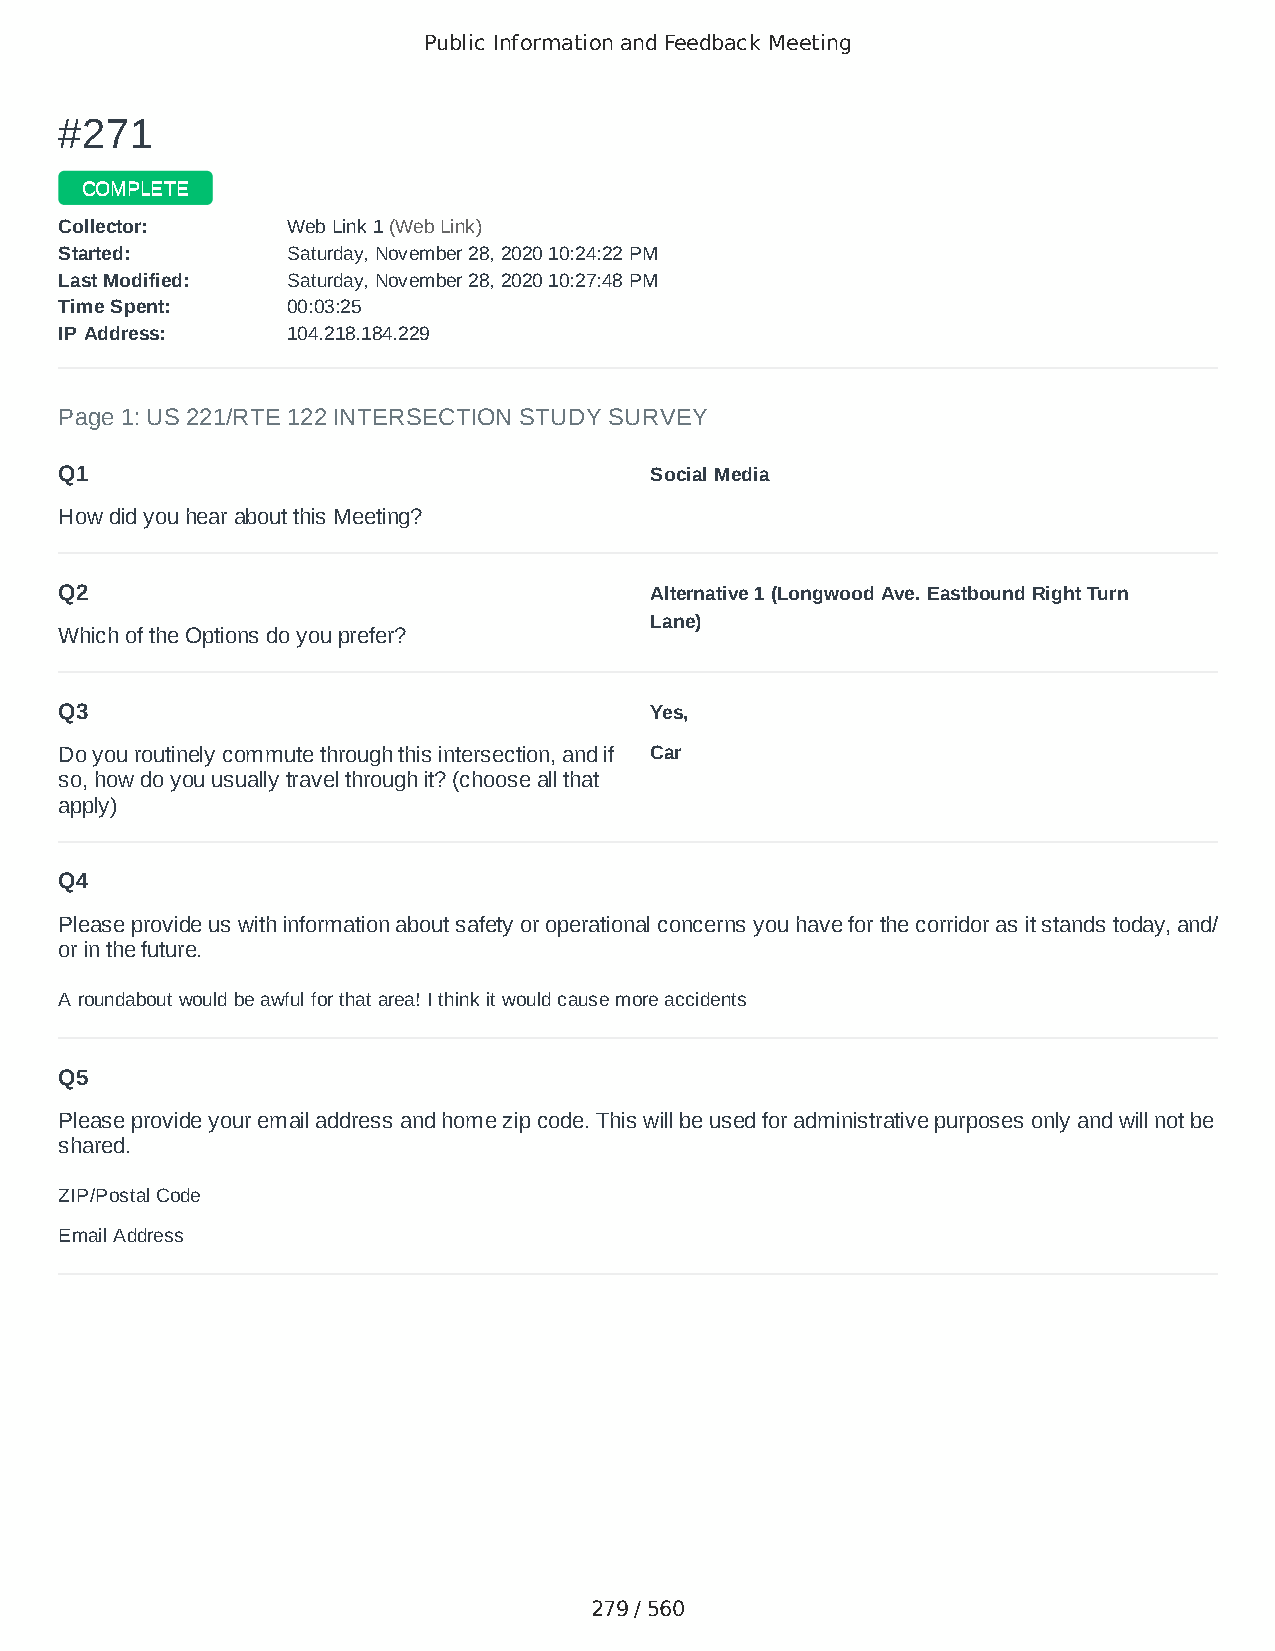
Public Information and Feedback Meeting
 ##227711
 CCOOMMPPLLEETTEE
 CCoolllleeccttoorr:: WWeebb LLiinnkk 11 ((WWeebb LLiinnkk))
 SSttaarrtteedd:: SSaattuurrddaayy,, NNoovveemmbbeerr 2288,, 22002200 1100::2244::2222 PPMM
 LLaasstt MMooddiiffiieedd:: SSaattuurrddaayy,, NNoovveemmbbeerr 2288,, 22002200 1100::2277::4488 PPMM
 TTiimmee SSppeenntt:: 0000::0033::2255
 IIPP AAddddrreessss:: 110044..221188..118844..222299
 Page 1: US 221/RTE 122 INTERSECTION STUDY SURVEY
 Q1                                     Social Media
 How did you hear about this Meeting?
 Q2                                     Alternative 1 (Longwood Ave. Eastbound Right Turn
 Lane)
 Which of the Options do you prefer?
 Q3                                     Yes,
 Do you routinely commute through this intersection, and if Car
 so, how do you usually travel through it? (choose all that
 apply)
 Q4
 Please provide us with information about safety or operational concerns you have for the corridor as it stands today, and/
 or in the future.
 A roundabout would be awful for that area! I think it would cause more accidents
 Q5
 Please provide your email address and home zip code. This will be used for administrative purposes only and will not be
 shared.
 ZIP/Postal Code                        24523
 Email Address                          langhornefamily@yahoo.com
 279 / 560